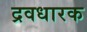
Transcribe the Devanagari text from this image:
द्रवधारक